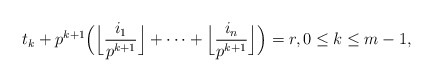
\begin{align*}t_k+p^{k+1}\Bigl(\Bigl\lfloor\frac{i_1}{p^{k+1}}\Bigr\rfloor+\cdots+\Bigl\lfloor\frac{i_n}{p^{k+1}}\Bigr\rfloor\Bigr)=r,0\le k\le m-1,\end{align*}